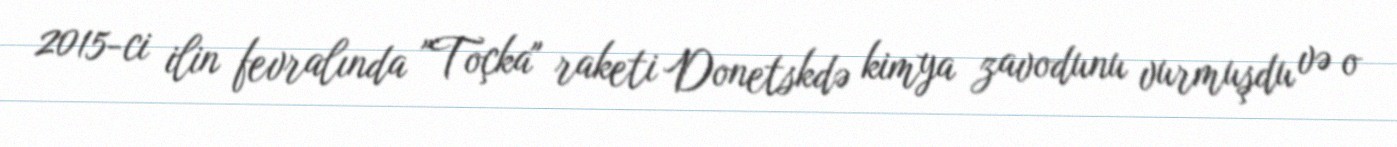
2015-ci ilin fevralında "Toçka" raketi Donetskdə kimya zavodunu vurmuşdu və o